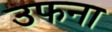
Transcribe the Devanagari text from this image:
उफना